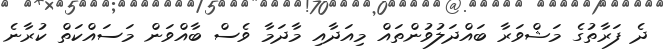
ދެ ފަރާތުގެ މަޝްވަރާ ބައްދަލުވުންތައް މިއަދާއި މާދަމާ ވެސް ބާއްވަން މަސައްކަތް ކުރާނެ